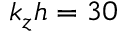
k _ { z } h = 3 0